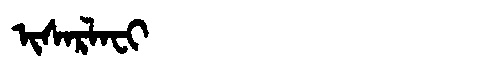
Manchu: ᡳᠰᠠᡵᠯᠠᠸᡳ
Romanization: ISARLAFI